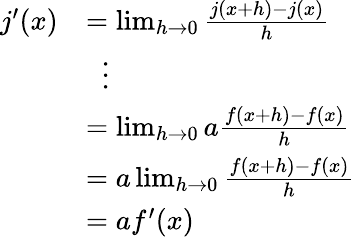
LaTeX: {\begin{array}{rl}{j^{\prime}(x)}&{=\operatorname*{lim}_{h\rightarrow 0}{\frac{j(x+h)-j(x)}{h}}}\\ &{\; \; \vdots}\\ &{=\operatorname*{lim}_{h\rightarrow 0}a{\frac{f(x+h)-f(x)}{h}}}\\ &{=a\operatorname*{lim}_{h\rightarrow 0}{\frac{f(x+h)-f(x)}{h}}}\\ &{=af^{\prime}(x)}\end{array}}